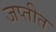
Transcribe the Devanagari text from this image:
जप्तीत